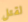
لقتل